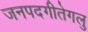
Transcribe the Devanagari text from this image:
जनपदगीतेगलु